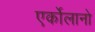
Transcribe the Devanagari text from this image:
एर्कोलानो